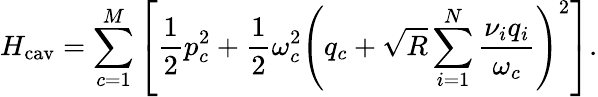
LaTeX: H_{\mathrm{cav}}=\sum_{c=1}^{M}\left[{\frac{1}{2}}{p}_{c}^{2}+{\frac{1}{2}}\omega_{c}^{2}\left({q}_{c}+\sqrt{R}\sum_{i=1}^{N}{\frac{\nu_{i}q_{i}}{\omega_{c}}}\right)^{2}\right].